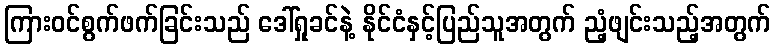
ကြားဝင်စွက်ဖက်ခြင်းသည် ဒေါ်ရှုခင်နဲ့ နိုင်ငံနှင့်ပြည်သူအတွက် ညံ့ဖျင်းသည့်အတွက်